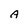
Character: A